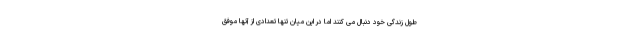
طول زندگی خود دنبال می کنند اما در این میان تنها تعدادی از آنها موفق